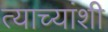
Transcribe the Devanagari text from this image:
त्याच्यांशी